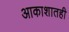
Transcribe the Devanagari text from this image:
आकाशातही